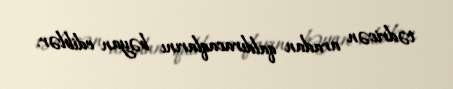
tədricən aradan qaldıracaqlarını bəyan ediblər.